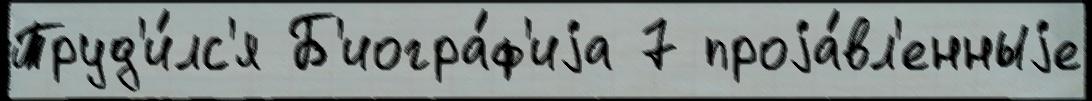
Труд'и́лс'я Б'иогра́ф'иjа 7 проjа́вл'енныjе